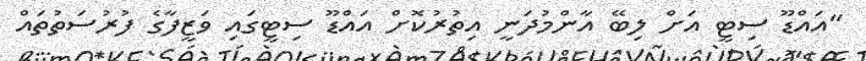
"އައްޑޫ ސިޓީ އަށް ލިބޭ އާންމުދަނީ އިތުރުކޮށް އައްޑޫ ސިޓީގައި ވަޒީފާގެ ފުރުސަތުތައް